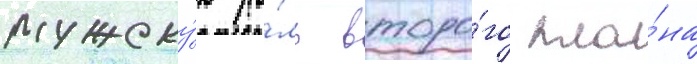
мужску́ю ро́ль второ́го пла́на